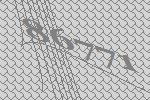
86771